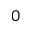
0